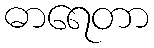
ဓာရေတာ